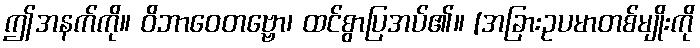
ဤအနက်ကို။ ဝိဘာဝေတဗ္ဗော၊ ထင်စွာပြအပ်၏။ [အခြားဥပမာတစ်မျိုးကို